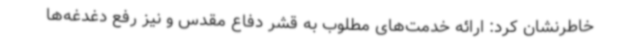
خاطرنشان کرد: ارائه خدمت‌های مطلوب به قشر دفاع مقدس و نیز رفع دغدغه‌ها